Vaccination in Bombay 1889-1901 - 1889-1901
Year: 1889
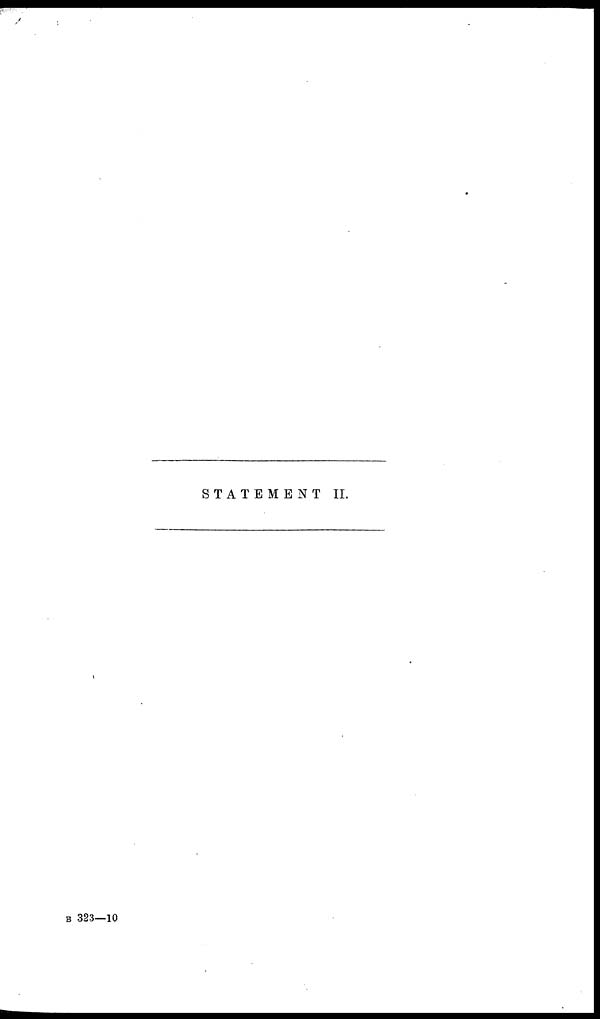
STATEMENT II.
B 323—10